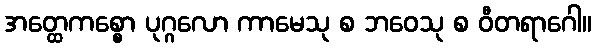
အတ္ထေကစ္စော ပုဂ္ဂလော ကာမေသု စ ဘဝေသု စ ဝီတရာဂေါ။